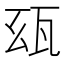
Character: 𤬮